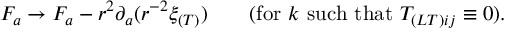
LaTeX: F _ { a } \to F _ { a } - r ^ { 2 } \partial _ { a } ( r ^ { - 2 } \xi _ { ( T ) } ) \qquad ( \mathrm { f o r } \ k \ \mathrm { s u c h ~ t h a t } \ T _ { ( L T ) i j } \equiv 0 ) .